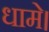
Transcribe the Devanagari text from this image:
धामे।